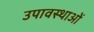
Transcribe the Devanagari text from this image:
उपावस्थाओं